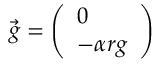
\vec { g } = \left( \begin{array} { l } { 0 } \\ { - \alpha r g } \end{array} \right)